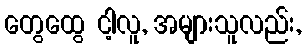
တွေထွေ ငါ့လူ, အများသူလည်း,